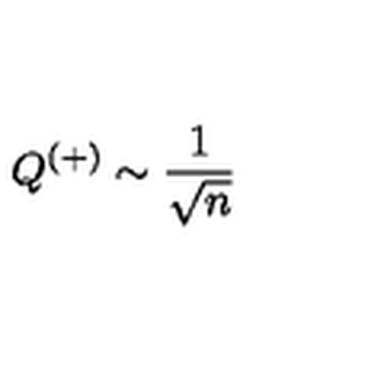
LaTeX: Q ^ { ( + ) } \sim \frac { 1 } { \sqrt { n } }